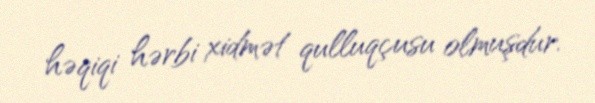
həqiqi hərbi xidmət qulluqçusu olmuşdur.